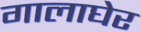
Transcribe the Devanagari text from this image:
गालाघेर